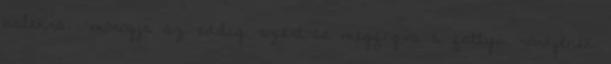
balekra. -morogja az eddig azért-se megfogva a fattyú rönkjének